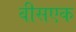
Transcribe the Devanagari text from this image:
वीसएक